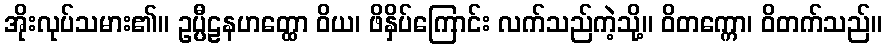
အိုးလုပ်သမား၏။ ဥပ္ပီဠနဟတ္ထော ဝိယ၊ ဖိနှိပ်ကြောင်း လက်သည်ကဲ့သို့။ ဝိတက္ကော၊ ဝိတက်သည်။